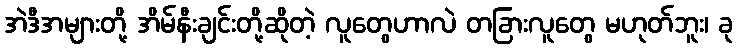
အဲဒီအများတို့ အိမ်နီးချင်းတို့ဆိုတဲ့ လူတွေဟာလဲ တခြားလူတွေ မဟုတ်ဘူး၊ ခု